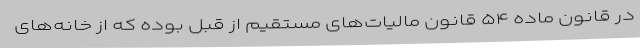
در قانون ماده ۵۴ قانون مالیات‌های مستقیم از قبل بوده که از خانه‌های